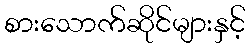
စားသောက်ဆိုင်များနှင့်